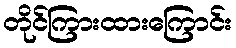
တိုင်ကြားထားကြောင်း